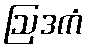
ဩဒကံ